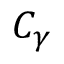
C _ { \gamma }